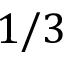
1 / 3